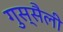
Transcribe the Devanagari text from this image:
गुस्सैली